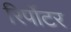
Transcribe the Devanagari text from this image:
रिर्पोटर